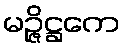
မဉ္ဇိဋ္ဌကေ